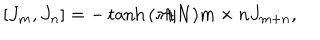
LaTeX: [ J _ { m } , J _ { n } ] = - \tanh { ( \pi / N ) m \times n } J _ { m + n } ,